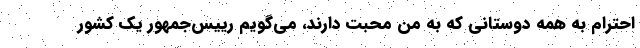
احترام به همه دوستاني كه به من محبت دارند، مي‌گويم رييس‌جمهور يك كشور